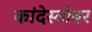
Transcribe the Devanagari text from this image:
कांदेस्तोबर